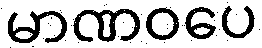
မာဏဝပေ